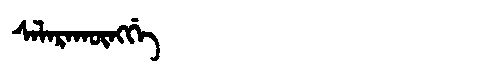
Manchu: ᠰᠠᠯᠠᡵᠠᡴᡡᠩᡤᡝ
Romanization: SALARAKŪNGGE